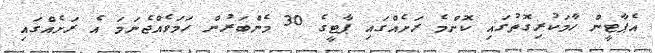
އެޕާޓީން ހާމަކުރިގޮތުގައި ކޮންމެ ރަށެއްގައި ޕާޓީގެ 30 މެންބަރުން ހަމަވެއްޖެނަމަ އެ ރަށެއްގައި